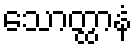
သောတ္ထာနံ